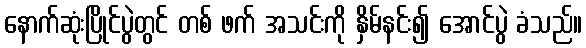
နောက်ဆုံးပြိုင်ပွဲတွင် တစ် ဖက် အသင်းကို နှိမ်နင်း၍ အောင်ပွဲ ခံသည်။